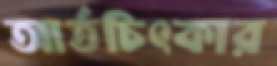
আর্তচিৎকার